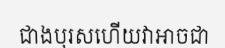
ជាងបុរសហើយវាអាចជា